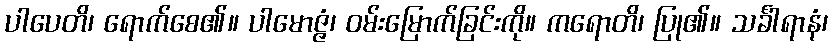
ပါပေတိ၊ ရောက်စေ၏။ ပါမောဇ္ဇံ၊ ဝမ်းမြောက်ခြင်းကို။ ကရောတိ၊ ပြု၏။ သင်္ခါရာနံ၊